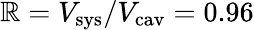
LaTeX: \mathbb{R}=V_{\mathrm{{sys}}}/V_{\mathrm{{cav}}}=0.96